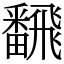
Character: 飜